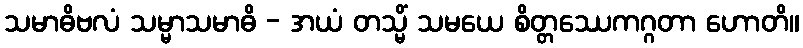
သမာဓိဗလံ သမ္မာသမာဓိ - အယံ တသ္မိံ သမယေ စိတ္တဿေကဂ္ဂတာ ဟောတိ။